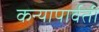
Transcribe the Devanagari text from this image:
कन्यापार्वती